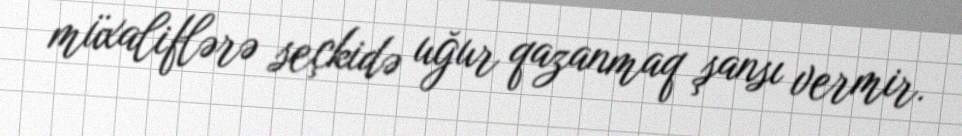
müxaliflərə seçkidə uğur qazanmaq şansı vermir.